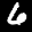
Label: 6